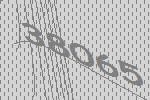
38065